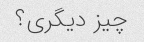
چیز دیگری؟